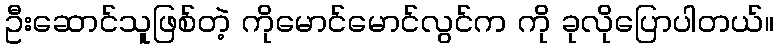
ဦးဆောင်သူဖြစ်တဲ့ ကိုမောင်မောင်လွင်က ကို ခုလိုပြောပါတယ်။